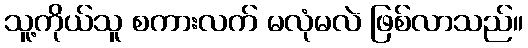
သူ့ကိုယ်သူ စကားလက် မလုံမလဲ ဖြစ်လာသည်။